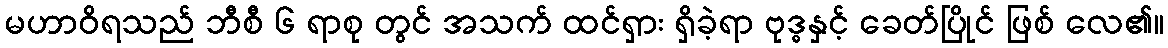
မဟာဝိရသည် ဘီစီ ၆ ရာစု တွင် အသက် ထင်ရှား ရှိခဲ့ရာ ဗုဒ္ဓနှင့် ခေတ်ပြိုင် ဖြစ် လေ၏။